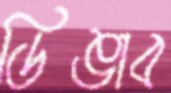
ডিঙাব